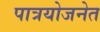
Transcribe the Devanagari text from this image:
पात्रयोजनेत